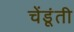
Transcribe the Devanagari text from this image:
चेंडूंती